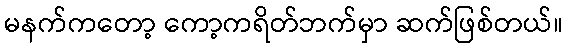
မနက်ကတော့ ကော့ကရိတ်ဘက်မှာ ဆက်ဖြစ်တယ်။